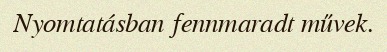
Nyomtatásban fennmaradt művek.